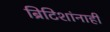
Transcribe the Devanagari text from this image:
ब्रिटिशांनाही